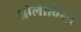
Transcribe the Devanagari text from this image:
ओलीविया